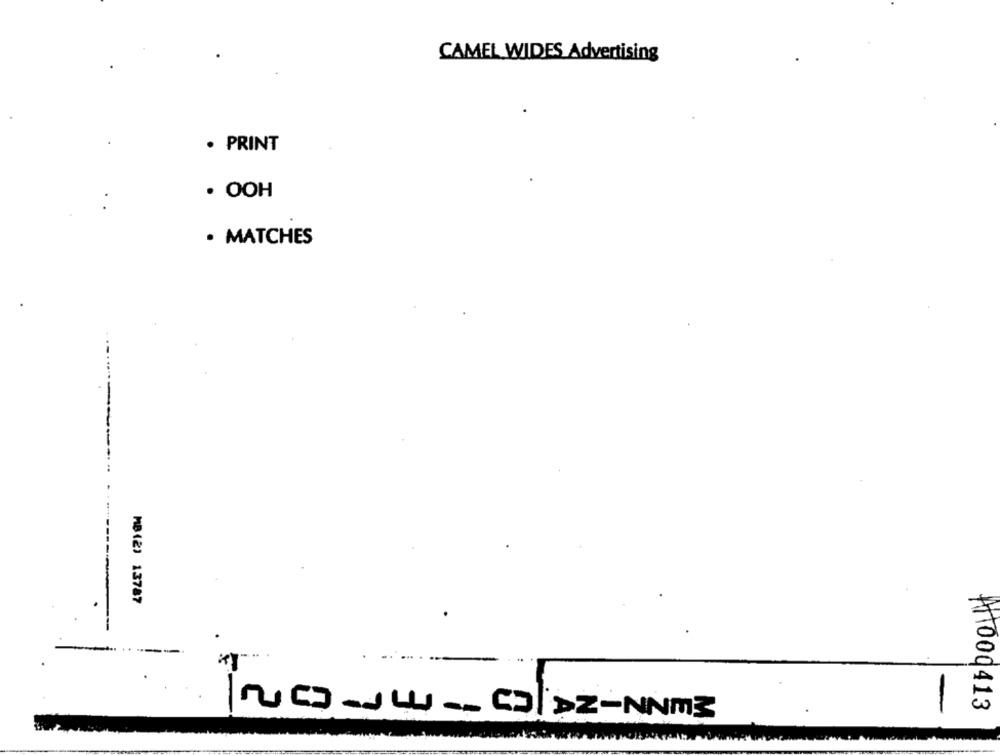
CAMEL WIDES Advertising
. PRINT
. OOH
· MATCHES
MB(2) 13787
-
A11000413
NG-Jw __ ColDz-NNM3